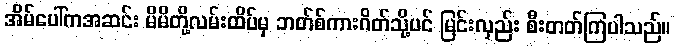
အိမ်ပေါ်ကအဆင်း မိမိတို့လမ်းထိပ်မှ ဘတ်စ်ကားဂိတ်သို့ပင် မြင်းလှည်း စီးတတ်ကြပါသည်။